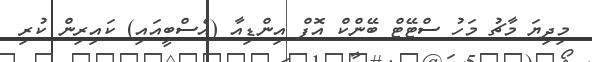
މިދިޔަ މާޗު މަހު ސްޓޭޓް ބޭންކް އޮފް އިންޑިއާ (އެސްބީއައި) ކައިރިން ކުރި